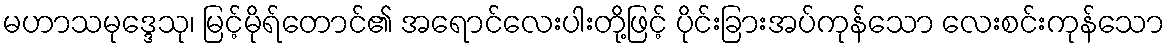
မဟာသမုဒ္ဒေသု၊ မြင့်မိုရ်တောင်၏ အရောင်လေးပါးတို့ဖြင့် ပိုင်းခြားအပ်ကုန်သော လေးစင်းကုန်သော